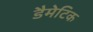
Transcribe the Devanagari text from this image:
डैमेटिक